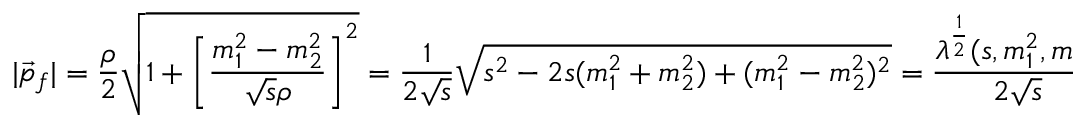
| \vec { p } _ { f } | = \frac { \rho } { 2 } \sqrt { 1 + \left[ \frac { m _ { 1 } ^ { 2 } - m _ { 2 } ^ { 2 } } { \sqrt { s } \rho } \right] ^ { 2 } } = \frac { 1 } { 2 \sqrt { s } } \sqrt { s ^ { 2 } - 2 s ( m _ { 1 } ^ { 2 } + m _ { 2 } ^ { 2 } ) + ( m _ { 1 } ^ { 2 } - m _ { 2 } ^ { 2 } ) ^ { 2 } } = \frac { \lambda ^ { \frac { 1 } { 2 } } ( s , m _ { 1 } ^ { 2 } , m _ { 2 } ^ { 2 } ) } { 2 \sqrt { s } }